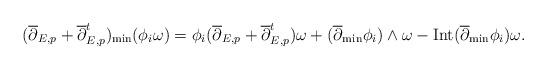
LaTeX: \begin{align*}(\overline{\partial}_{E,p} + \overline{\partial}^t_{E,p})_{\min}(\phi_i\omega)=\phi_i(\overline{\partial}_{E,p} + \overline{\partial}^t_{E,p})\omega+(\overline{\partial}_{\min}\phi_i)\wedge \omega-{\rm Int}(\overline{\partial}_{\min}\phi_i)\omega.\end{align*}